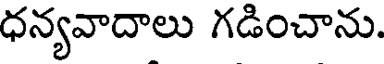
ధన్యవాదాలు గడించాను.